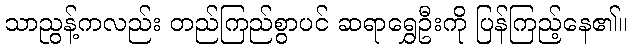
သာညွန့်ကလည်း တည်ကြည်စွာပင် ဆရာရွှေဦးကို ပြန်ကြည့်နေ၏။